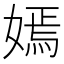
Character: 嫣